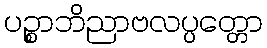
ပဉ္စာဘိညာဗလပ္ပတ္တော